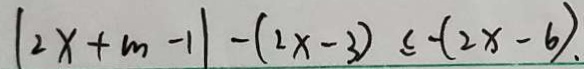
\vert 2 x + m - 1 \vert - ( 2 x - 3 ) \leq - ( 2 x - 6 ) \cdot